Papers set at the Examination for Leaving Certificates, 1889
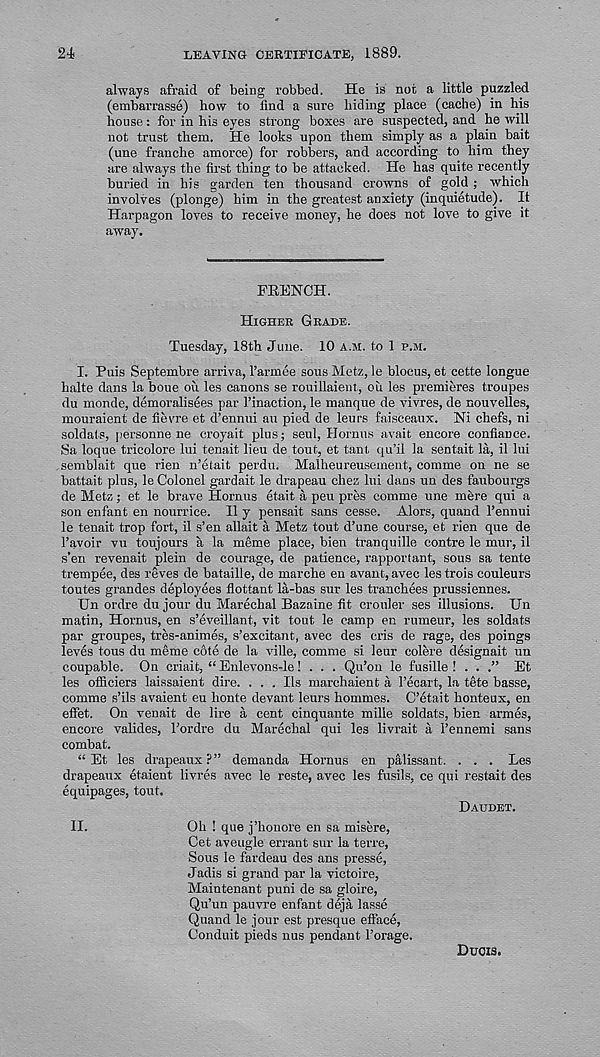
24
LEAVING CERTIEICATE, 1889.
always afraid of being robbed.
He is not a little puzzled
(embarrasse) bow to find a sure biding place (cache) in his
house: for in his eyes strong boxes are suspected, and he will
not trust them. He looks upon them simply as a plain bait
(une franche amorce) for robbers, and according to him they
are always the first thing to be attacked. He has quite recently
buried in his garden ten thousand crowns of gold ; which
involves (plonge) him in the greatest anxiety (inquietude). It
Harpagon loves to receive money, he does not love to give it
away.
FRENCH.
HIGHER GRADE.
Tuesday, 18th June. 10 A.M. to 1 P.M.
I. Puis Septembre arriva, 1’armee sous Metz, le blocus, et cette longue
halte dans la boue oil les canons se rouillaient, oil les premieres troupes
du monde, demoralisees par 1’inaction, le manque de vivres, de nouvelles,
mouraient de fievre et d’ennui an pied de leurs faisceaux. Ni chefs, ni
soldats, personne ne croyait plus; seul, Hornus avail encore confiance.
Sa loque tricolore lui tenait lieu de tout, et tant qu’il la sentait la, il lui
semblait que rien n’etait perdu. Malheureusement, comme on ne se
battait plus, le Colonel gardait le drapeau chez lui dans un des faubourgs
de Metz; et le brave Hornus etait a peu pres comme une mfere qui a
son enfant en nourrice. II y pensait sans cesse. Alors, quand 1’ennui
le tenait trop fort, il s’en allait a Metz tout d’une course, et rien que de
1’avoir vu toujours a la meme place, bien tranquille centre le mur, il
s’en revenait plein de courage, de patience, rapportant, sous sa tente
trempee, des reves de bataille, de marche en avant, avec lestrois couleurs
toutes grandes deployees flottaut la-bas sur les tranchees prussiennes.
Un ordre du jour du Marechal Bazaine fit crouler ses illusions. Un
matin, Hornus, en s’eveillant, vit tout le camp en rumeur, les soldats
par groupes, tres-animes, s’excitant, avec des cris de rage, des poings
leves tons du meme cote de la ville, comme si leur colere designait un
coupable. On criait, “ Enlevons-le! . . . Qu’on le fusille ! . . .” Et
les officiers laissaient dire. ... Us marchaient a 1’ecart, la tete basse,
comme s’ils avaient eu honte devant leurs hommes. C’etait honteux, en
effet. On venait de lire a cent cinquante mille soldats, bien armes,
encore valides, 1’ordre du Marechal qui les livrait a 1’ennemi sans
combat.
“ Et les drapeaux?” demanda Hornus en palissant. . . . Les
drapeaux etaient livres avec le reste, avec les fusils, ce qui restait des
equipages, tout.
DAUDET.
II.
Oh ! que j’honore en sa misere,
Get aveugle errant sur la terre,
Sous le fardeau des ans presse,
Jadis si grand par la victoire,
Maiutenant puni de sa gloire,
Qu’un pauvre enfant deja lasse
Quand le jour est presque efface,
Conduit pieds nus pendant Forage.
Duois.